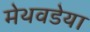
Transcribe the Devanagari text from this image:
मेथवडेया